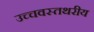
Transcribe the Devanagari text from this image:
उच्चवस्तथरीय